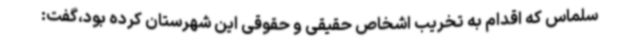
سلماس که اقدام به تخریب اشخاص حقیقی و حقوقی این شهرستان کرده بود،گفت: